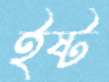
ইষ্ট